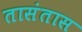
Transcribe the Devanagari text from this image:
तासंतास